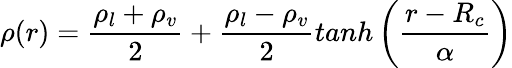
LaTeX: \rho(r)=\frac{\rho_{l}+\rho_{v}}{2}+\frac{\rho_{l}-\rho_{v}}{2}tanh\left(\frac{r-R_{c}}{\alpha}\right)